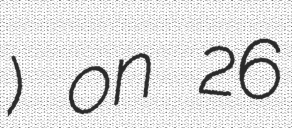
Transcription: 真耶) on 26